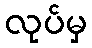
လုပ်မှ